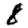
Digit: 8